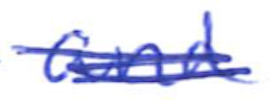
Text: and
Cross-out: scratch
Writing tool: ballpoint